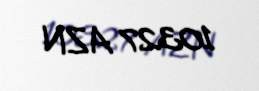
10327 AZN